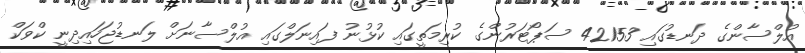
އުލްސާންގެ ދަނޑުގައި 42153 ސަޕޯޓަރުންގެ ކުރިމަތީގައި ކުޅުނު ފައިނަލްގައި އުލްސާނަށް ލަނޑުޖަހައިދިނީ ކްވަކް